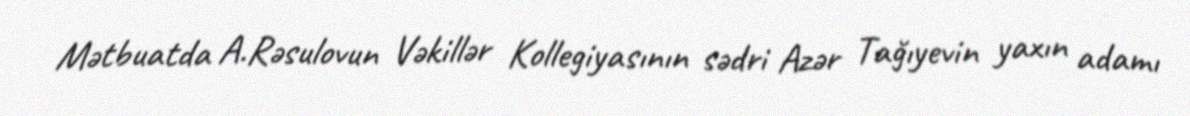
Mətbuatda A.Rəsulovun Vəkillər Kollegiyasının sədri Azər Tağıyevin yaxın adamı